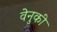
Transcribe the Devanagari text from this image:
वेनुकी